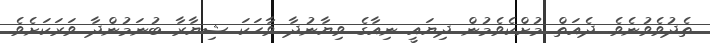
ތެދުވެވުނެވެ. ދެއަތް މުށްކެވެމުން ދިޔައީ ނިއާގެ ވިޔާނުދާ ވާހަކަ ޝިޔާރާ ބުނަމުންދާ ވަރަކަށެވެ.